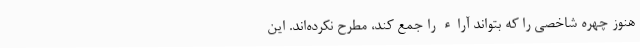
هنوز چهره شاخصی را که بتواند آراء را جمع کند، مطرح نکرده‌اند. این